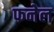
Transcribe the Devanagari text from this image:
फनेल